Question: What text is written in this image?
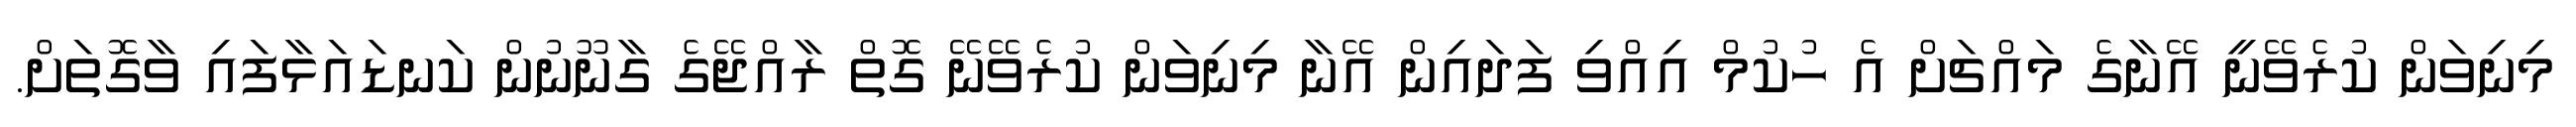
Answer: މިނިވަން ކުރެވޭނީ އޭނާގެ މައްޗަށް އެ ހުކުމް އިއްވި ފަދައިން އޭނާ މިނިވަން ކުރެވޭނޭ ގޮތް ރާއްޖޭގެ ގާނޫނުން ކަނޑައަޅާފައި ވާގޮތަށް.